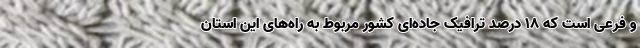
و فرعی است که ۱۸ درصد ترافیک جاده‌ای کشور مربوط به راه‌های این استان